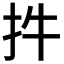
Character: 𢪧